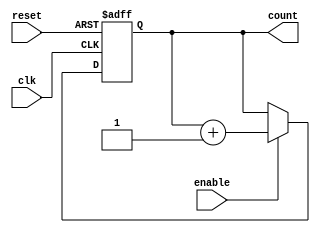
module binary_counter (
    input wire clk,          // Clock input
    input wire reset,        // Asynchronous reset input
    input wire enable,       // Enable input
    output reg [3:0] count   // 4-bit output count
);

// Always block triggered on the rising edge of the clock or the reset signal
always @(posedge clk or posedge reset) begin
    if (reset) begin
        // Asynchronous reset: set count to 0
        count <= 4'b0000;
    end else if (enable) begin
        // Increment the count if enable is active
        count <= count + 1;
    end
end

endmodule